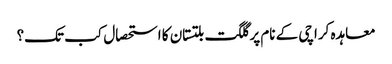
معاہدہ کراچی کے نام پر گلگت بلتستان کا استحصال کب تک؟